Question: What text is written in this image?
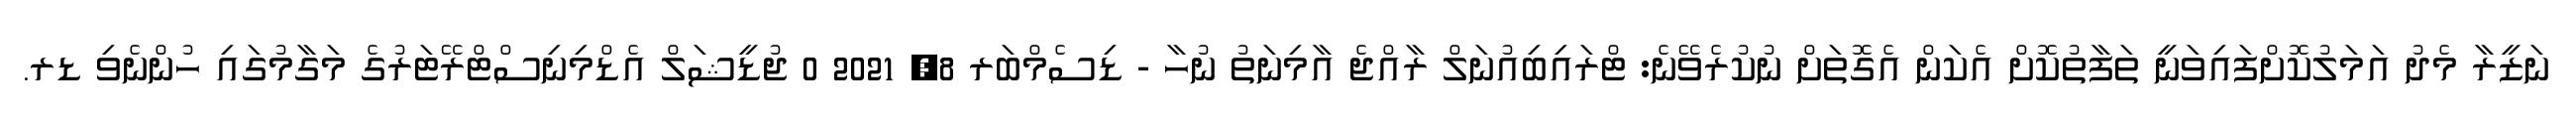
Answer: ނަޒީރާ މެދު އަމަލުކޮށްފައިވަނީ ތަފާތުކޮށް އެކަން އެގޮތަށް ނުކުރެވޭނެ: ޓްރައިބިއުނަލް ރާއްޖެ އާމިނަތު ނުހާ - ޑިސެމްބަރ 8, 2021 0 ޖުޑީޝަލް އެޑްމިނިސްޓްރޭޓަރުގެ މަގާމުގައި ހުންނެވި ޑރ.